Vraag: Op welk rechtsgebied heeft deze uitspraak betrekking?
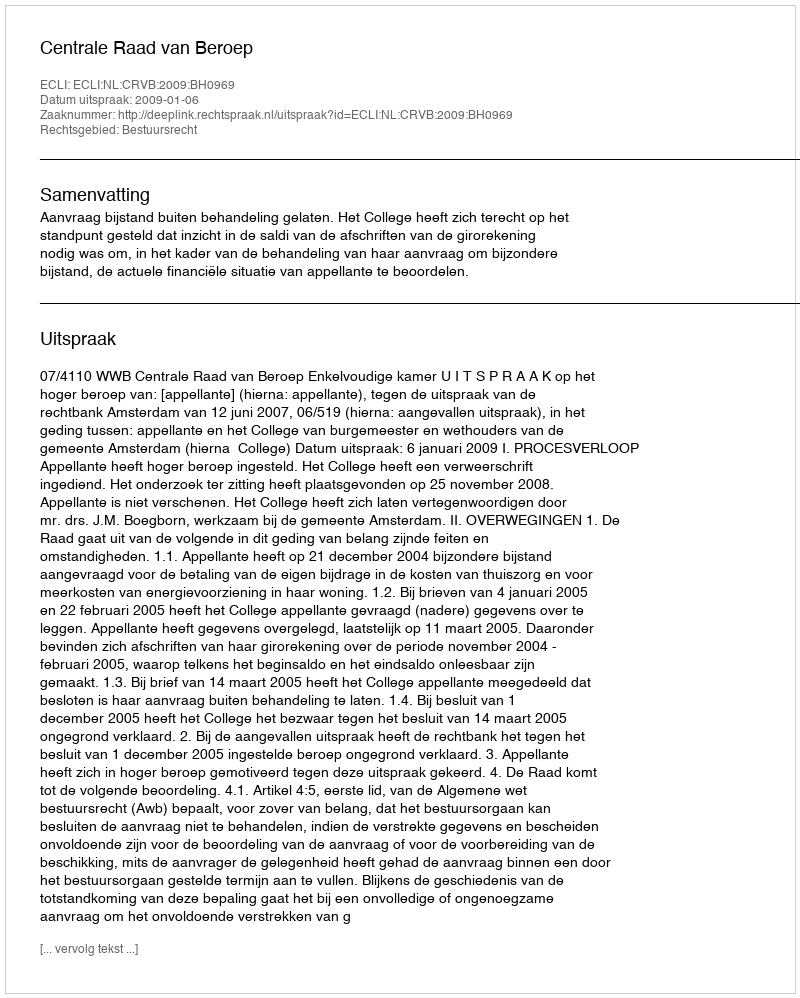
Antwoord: Bestuursrecht